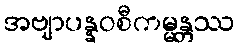
အဗျာပန္နဝစီကမ္မန္တဿ